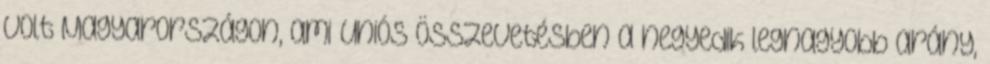
volt Magyarországon, ami uniós összevetésben a negyedik legnagyobb arány,